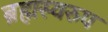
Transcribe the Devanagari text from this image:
ब्रह्मस्वरुप